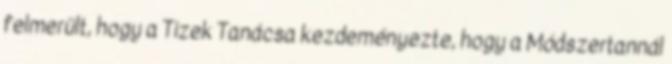
felmerült, hogy a Tizek Tanácsa kezdeményezte, hogy a Módszertannál